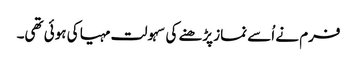
فرم نے اُسے نماز پڑھنے کی سہولت مہیا کی ہوئی تھی۔